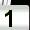
Digit: 1